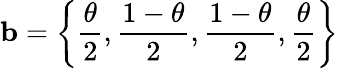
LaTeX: {\mathbf b}=\left\{ \frac{\theta}{2},\frac{1-\theta}{2},\frac{1-\theta}{2},\frac{\theta}{2}\right\}